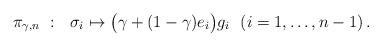
LaTeX: \begin{align*}\pi_{\gamma,n}\ :\ \ \sigma_i\mapsto \bigl(\gamma+(1-\gamma)e_i\bigr)g_i\ \ (i=1,\dots,n-1)\,.\end{align*}